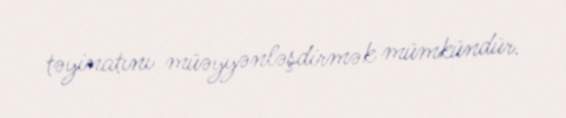
təyinatını müəyyənləşdirmək mümkündür.